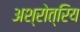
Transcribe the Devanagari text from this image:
अश्रोत्रिय